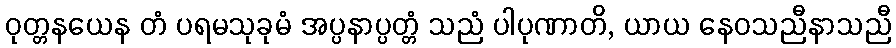
ဝုတ္တနယေန တံ ပရမသုခုမံ အပ္ပနာပ္ပတ္တံ သညံ ပါပုဏာတိ, ယာယ နေဝသညီနာသညီ